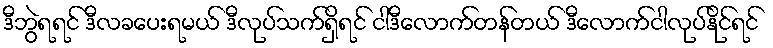
ဒီဘွဲရရင် ဒီလခပေးရမယ် ဒီလုပ်သက်ရှိရင် ငါဒီလောက်တန်တယ် ဒီလောက်ငါလုပ်နိုင်ရင်